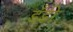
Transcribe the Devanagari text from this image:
डँडी